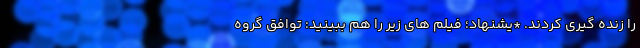
را زنده گیری کردند. *یشنهاد؛ فیلم‌ های زیر را هم ببینید: توافق گروه